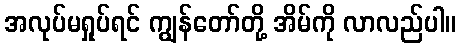
အလုပ်မရှုပ်ရင် ကျွန်တော်တို့ အိမ်ကို လာလည်ပါ။